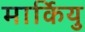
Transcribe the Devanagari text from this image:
मार्कियु